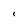
Character: I